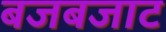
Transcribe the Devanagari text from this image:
बजबजाट